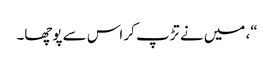
“، میں نے تڑپ کر اس سے پوچھا۔